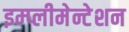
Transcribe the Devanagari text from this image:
इम्प्लीमेन्टेशन